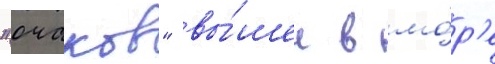
"очаков" вы́шел в мо́р'е